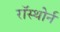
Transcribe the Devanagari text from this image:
रॉस्थोर्न